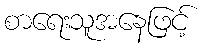
စာရေးသူအနေဖြင့်